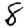
Digit: 8